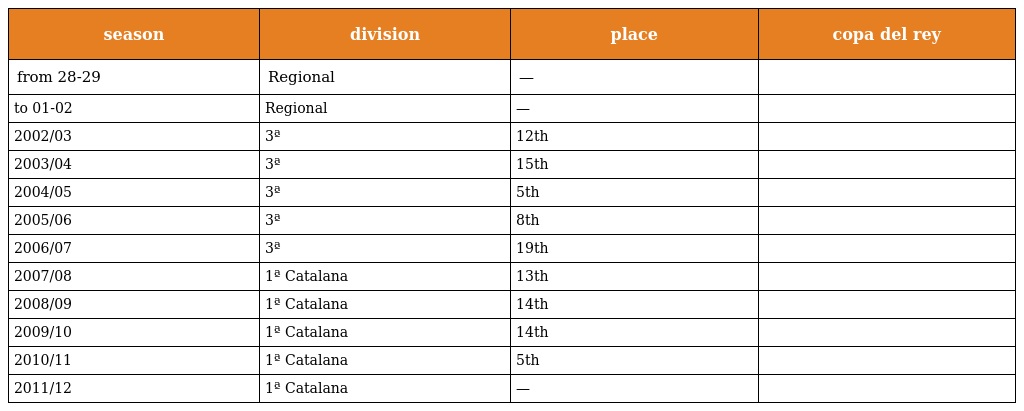
| season | division | place | copa del rey |
 | --- | --- | --- | --- |
 | from 28-29 | Regional | — |  |
 | to 01-02 | Regional | — |  |
 | 2002/03 | 3ª | 12th |  |
 | 2003/04 | 3ª | 15th |  |
 | 2004/05 | 3ª | 5th |  |
 | 2005/06 | 3ª | 8th |  |
 | 2006/07 | 3ª | 19th |  |
 | 2007/08 | 1ª Catalana | 13th |  |
 | 2008/09 | 1ª Catalana | 14th |  |
 | 2009/10 | 1ª Catalana | 14th |  |
 | 2010/11 | 1ª Catalana | 5th |  |
 | 2011/12 | 1ª Catalana | — |  |